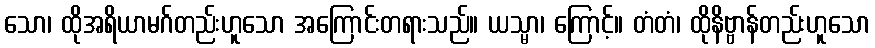
သော၊ ထိုအရိယာမဂ်တည်းဟူသော အကြောင်းတရားသည်။ ယသ္မာ၊ ကြောင့်။ တံတံ၊ ထိုနိဗ္ဗာန်တည်းဟူသော